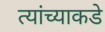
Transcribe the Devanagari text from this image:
त्यांंच्याकडे